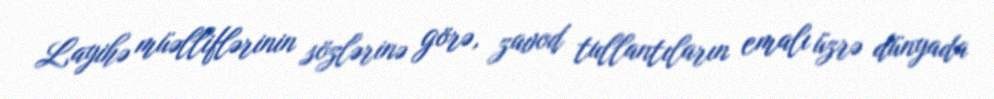
Layihə müəlliflərinin sözlərinə görə, zavod tullantıların emalı üzrə dünyada